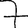
Digit: 7